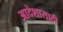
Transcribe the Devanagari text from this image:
आदेशासाठी